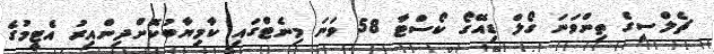
ޗެލްސީގެ ތިންވަނަ ގޯލް ޑިއޭގޯ ކޯސްޓާ 58 ވަނަ މިނެޓްގައި ކާމިޔާބުކޮށްދިންއިރު އެޓީމުގެ